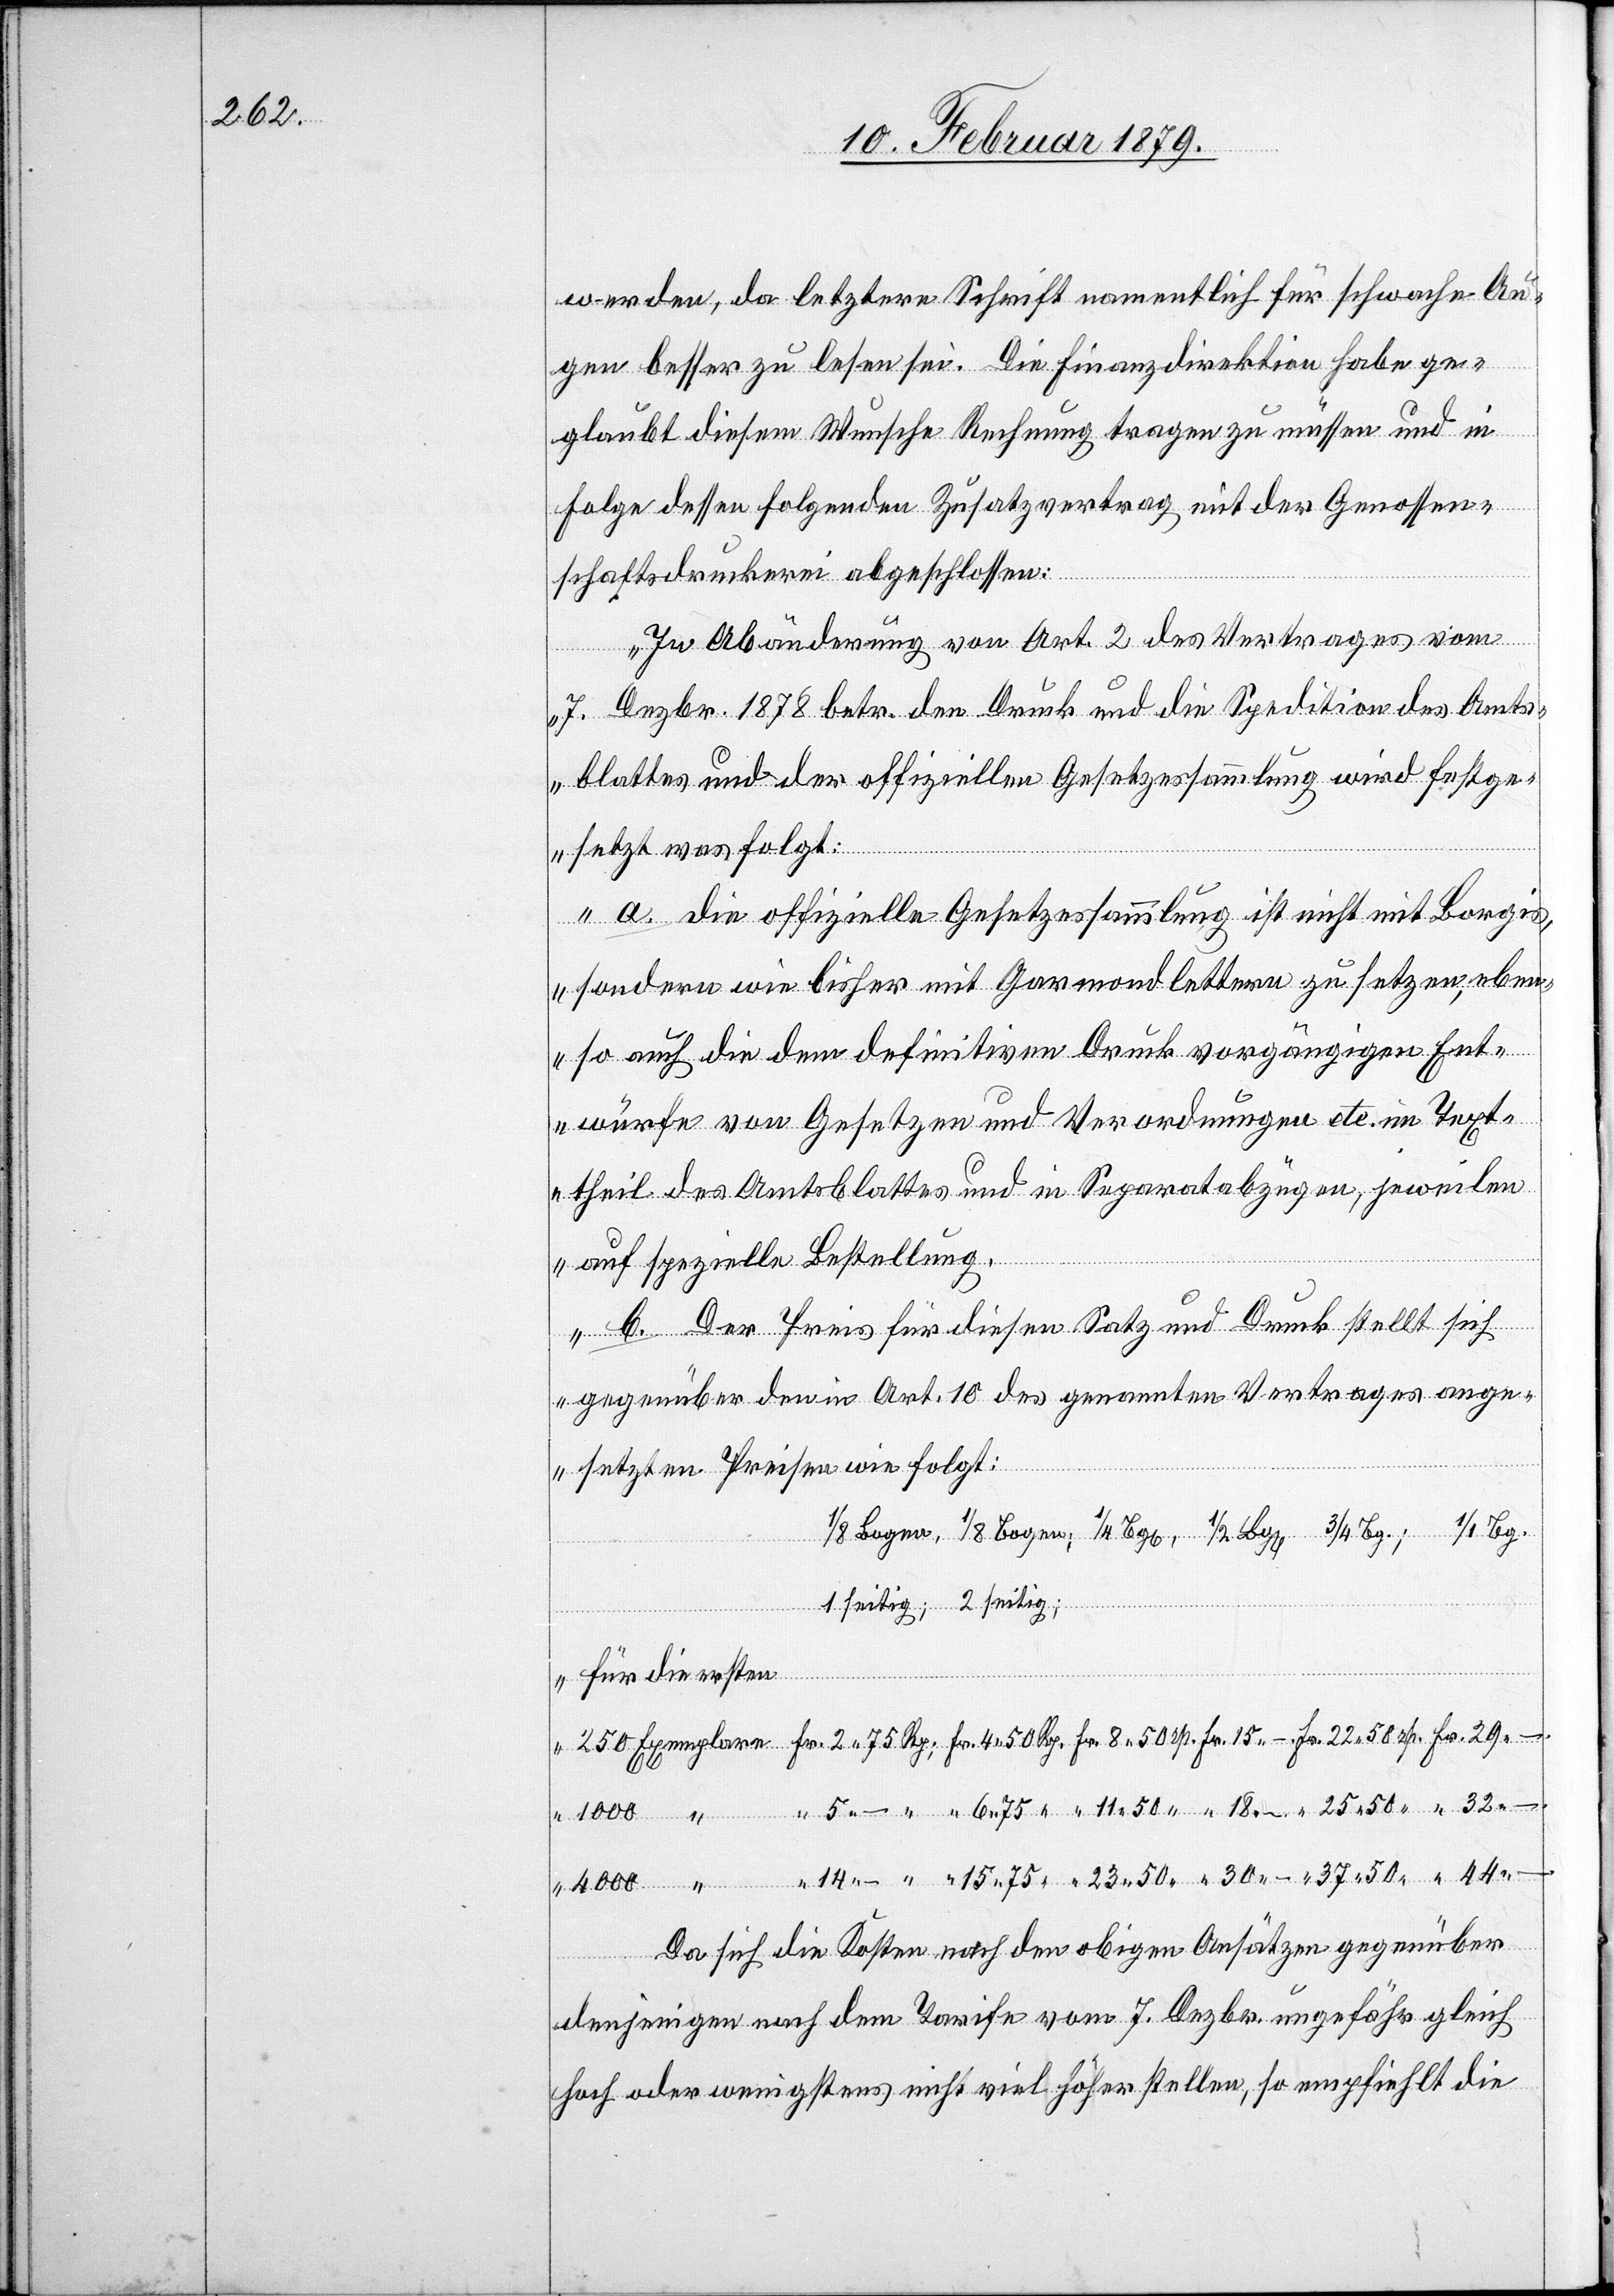
30.–

werden, da letztere Schrift namentlich für schwache Au¬
gen besser zu lesen sei. Die Finanzdirektion habe ge¬
glaubt diesem Wunsche Rechnung tragen zu müssen und in
Folge dessen folgenden Zusatzvertrag mit der Genossen¬
schaftsdruckerei abgeschlossen:
„In Abänderung von Art. 2 des Vertrages vom
7. Dezbr. 1878 betr. den Druck und die Spedition des Amts¬
blattes und der offiziellen Gesetzessammlung wird festge¬
setzt was folgt:
a. Die offizielle Gesetzessammlung ist nicht mit Borgis,
sondern wie bisher mit Garmondlettern zu setzen, eben¬
so auch die dem definitiven Druck vorgängigen Ent¬
würfe von Gesetzen und Verordnungen etc. im Text¬
theil des Amtsblattes und in Separatabzügen, jeweilen
auf spezielle Bestellung.
b. Der Preis für diesen Satz und Druck stellt sich
gegenüber den in Art. 10 des genannten Vertrages ange¬
setzten Preisen wie folgt:
1/1 Bg.
für die ersten
Da sich die Kosten nach den obigen Ansätzen gegenüber
Fr.
denjenigen nach dem Tarife vom 7. Dezbr. ungefähr gleich
hoch oder wenigstens nicht viel höher stellen, so empfiehlt die